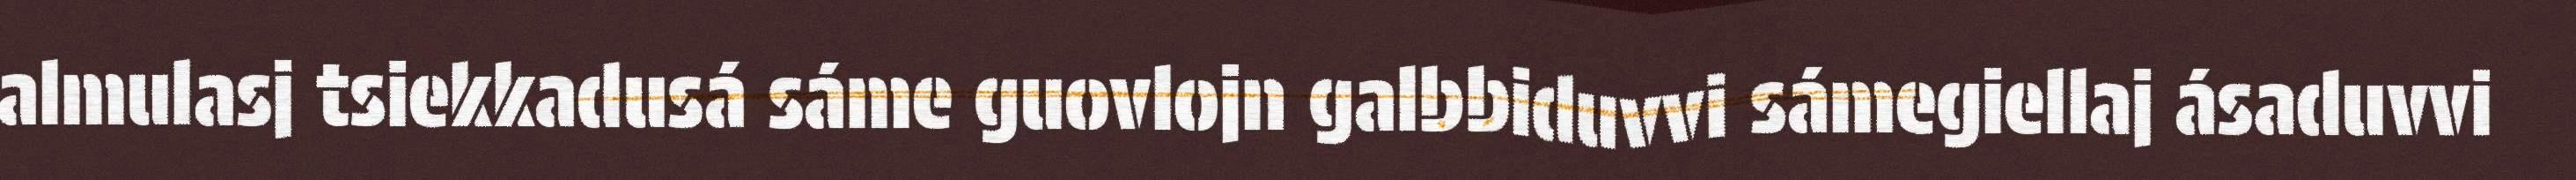
almulasj tsiekkadusá sáme guovlojn galbbiduvvi sámegiellaj ásaduvvi